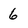
Character: 6